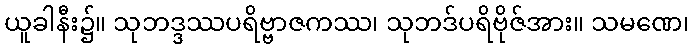
ယူခါနီး၌။ သုဘဒ္ဒဿပရိဗ္ဗာဇကဿ၊ သုဘဒ်ပရိဗိုဇ်အား။ သမဏေ၊